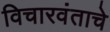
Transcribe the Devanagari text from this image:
विचारवंताचे